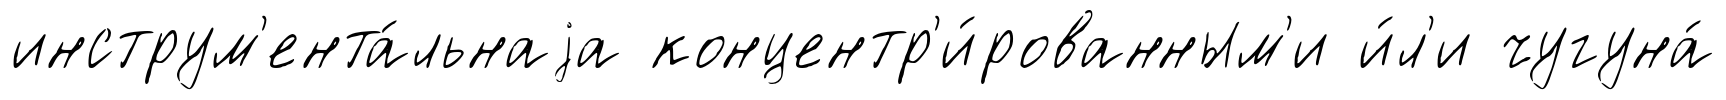
инструм'ента́льнаjа концентр'и́рованным'и и́л'и чугуна́